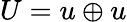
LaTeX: U=u\oplus u